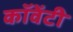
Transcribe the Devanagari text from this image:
कॉवेंटी